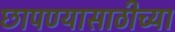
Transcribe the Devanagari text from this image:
छापण्यासाठीच्या